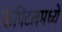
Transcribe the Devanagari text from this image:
कॅपिटलमध्ये